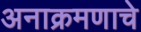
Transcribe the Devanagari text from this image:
अनाक्रमणाचे